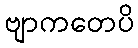
ဗျာကတေပိ